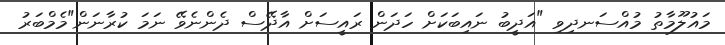
މައުލޫމާތު މުއްސަނދިވި "އަދީބު ނައިބަކަށް ހަދަން ރައީސަށް އާދޭސް ދެންނެވޭ ނަމަ ކުރާނަން"މެމްބަރު